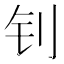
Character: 钊